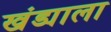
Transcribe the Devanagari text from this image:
खंड्याला